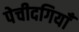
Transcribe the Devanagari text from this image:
पेचीदगियाँ